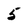
Character: 5